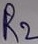
Text: R2